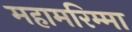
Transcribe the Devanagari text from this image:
महामरिम्मा